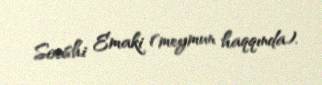
Soushi Emaki (meymun haqqında).